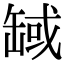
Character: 𦈸